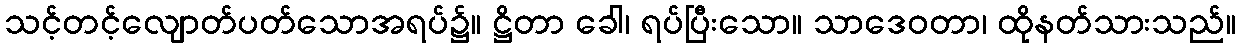
သင့်တင့်လျောတ်ပတ်သောအရပ်၌။ ဋ္ဌိတာ ခေါ၊ ရပ်ပြီးသော။ သာဒေဝတာ၊ ထိုနတ်သားသည်။